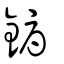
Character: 鎒